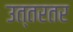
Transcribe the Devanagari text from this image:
उत्तरतर